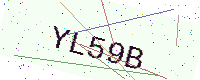
Text: YL59B